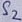
Text: S2